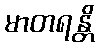
မာတရန္တိ